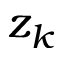
z _ { k }